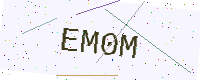
Text: EM0M